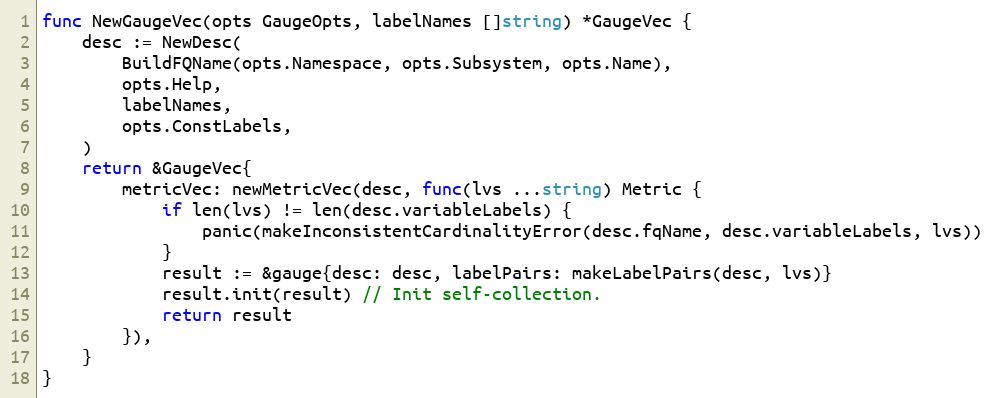
Language: Go
func NewGaugeVec(opts GaugeOpts, labelNames []string) *GaugeVec {
	desc := NewDesc(
		BuildFQName(opts.Namespace, opts.Subsystem, opts.Name),
		opts.Help,
		labelNames,
		opts.ConstLabels,
	)
	return &GaugeVec{
		metricVec: newMetricVec(desc, func(lvs ...string) Metric {
			if len(lvs) != len(desc.variableLabels) {
				panic(makeInconsistentCardinalityError(desc.fqName, desc.variableLabels, lvs))
			}
			result := &gauge{desc: desc, labelPairs: makeLabelPairs(desc, lvs)}
			result.init(result) // Init self-collection.
			return result
		}),
	}
}